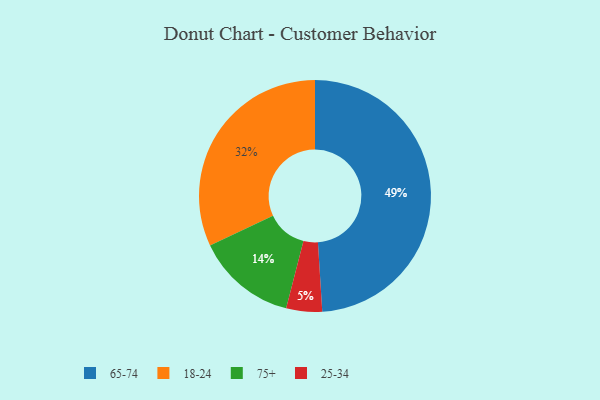
{"axis": {"x": "Category", "y": "Percentage"}, "legend": ["18-24", "25-34", "65-74", "75+"], "data": [{"x": "65-74", "y": 49, "type": "65-74"}, {"x": "75+", "y": 14, "type": "75+"}, {"x": "25-34", "y": 5, "type": "25-34"}, {"x": "18-24", "y": 32, "type": "18-24"}]}